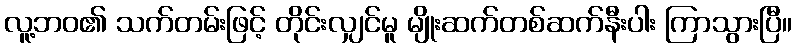
လူ့ဘဝ၏ သက်တမ်းဖြင့် တိုင်းလျှင်မူ မျိုးဆက်တစ်ဆက်နီးပါး ကြာသွားပြီ။